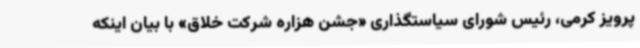
پرویز کرمی، رئیس شورای سیاستگذاری «جشن هزاره شرکت خلاق» با بیان اینکه